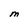
Character: M